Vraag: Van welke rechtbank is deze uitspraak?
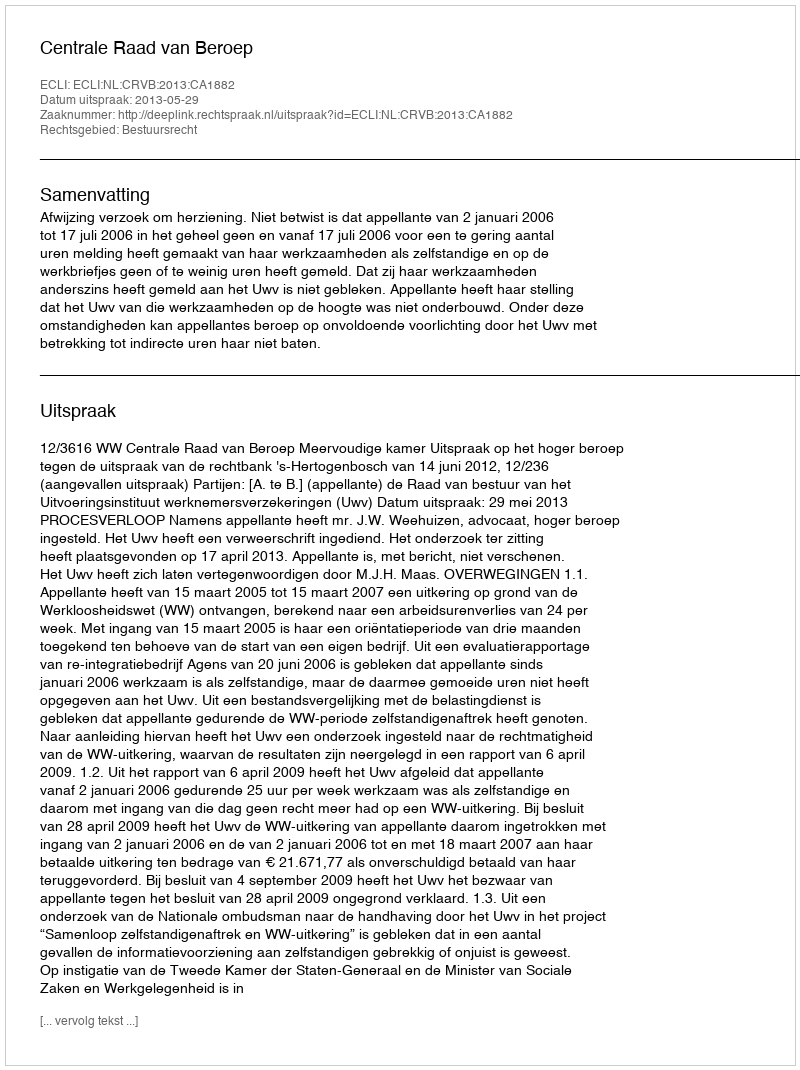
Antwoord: Centrale Raad van Beroep